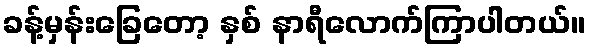
ခန့်မှန်းခြေတော့ နှစ် နာရီလောက်ကြာပါတယ်။